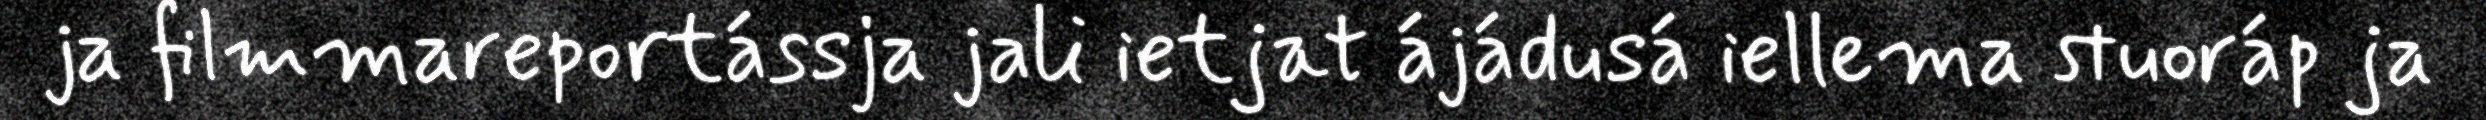
ja filmmareportássja jali ietjat ájádusá iellema stuoráp ja